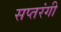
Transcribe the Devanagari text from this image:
सप्‍तरंगी